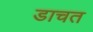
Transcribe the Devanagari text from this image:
डाचत